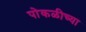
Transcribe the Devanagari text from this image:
पोकळीच्‍या